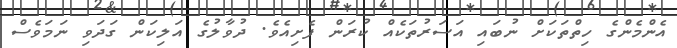
އެންމެންގެ ހިތްތަކަށް ނުބައި އަސަރުތަކެއް ކުރަން ފެށިއެވެ. ދުވާލުގެ އަލިކަން ގަދަވި ނަމަވެސް